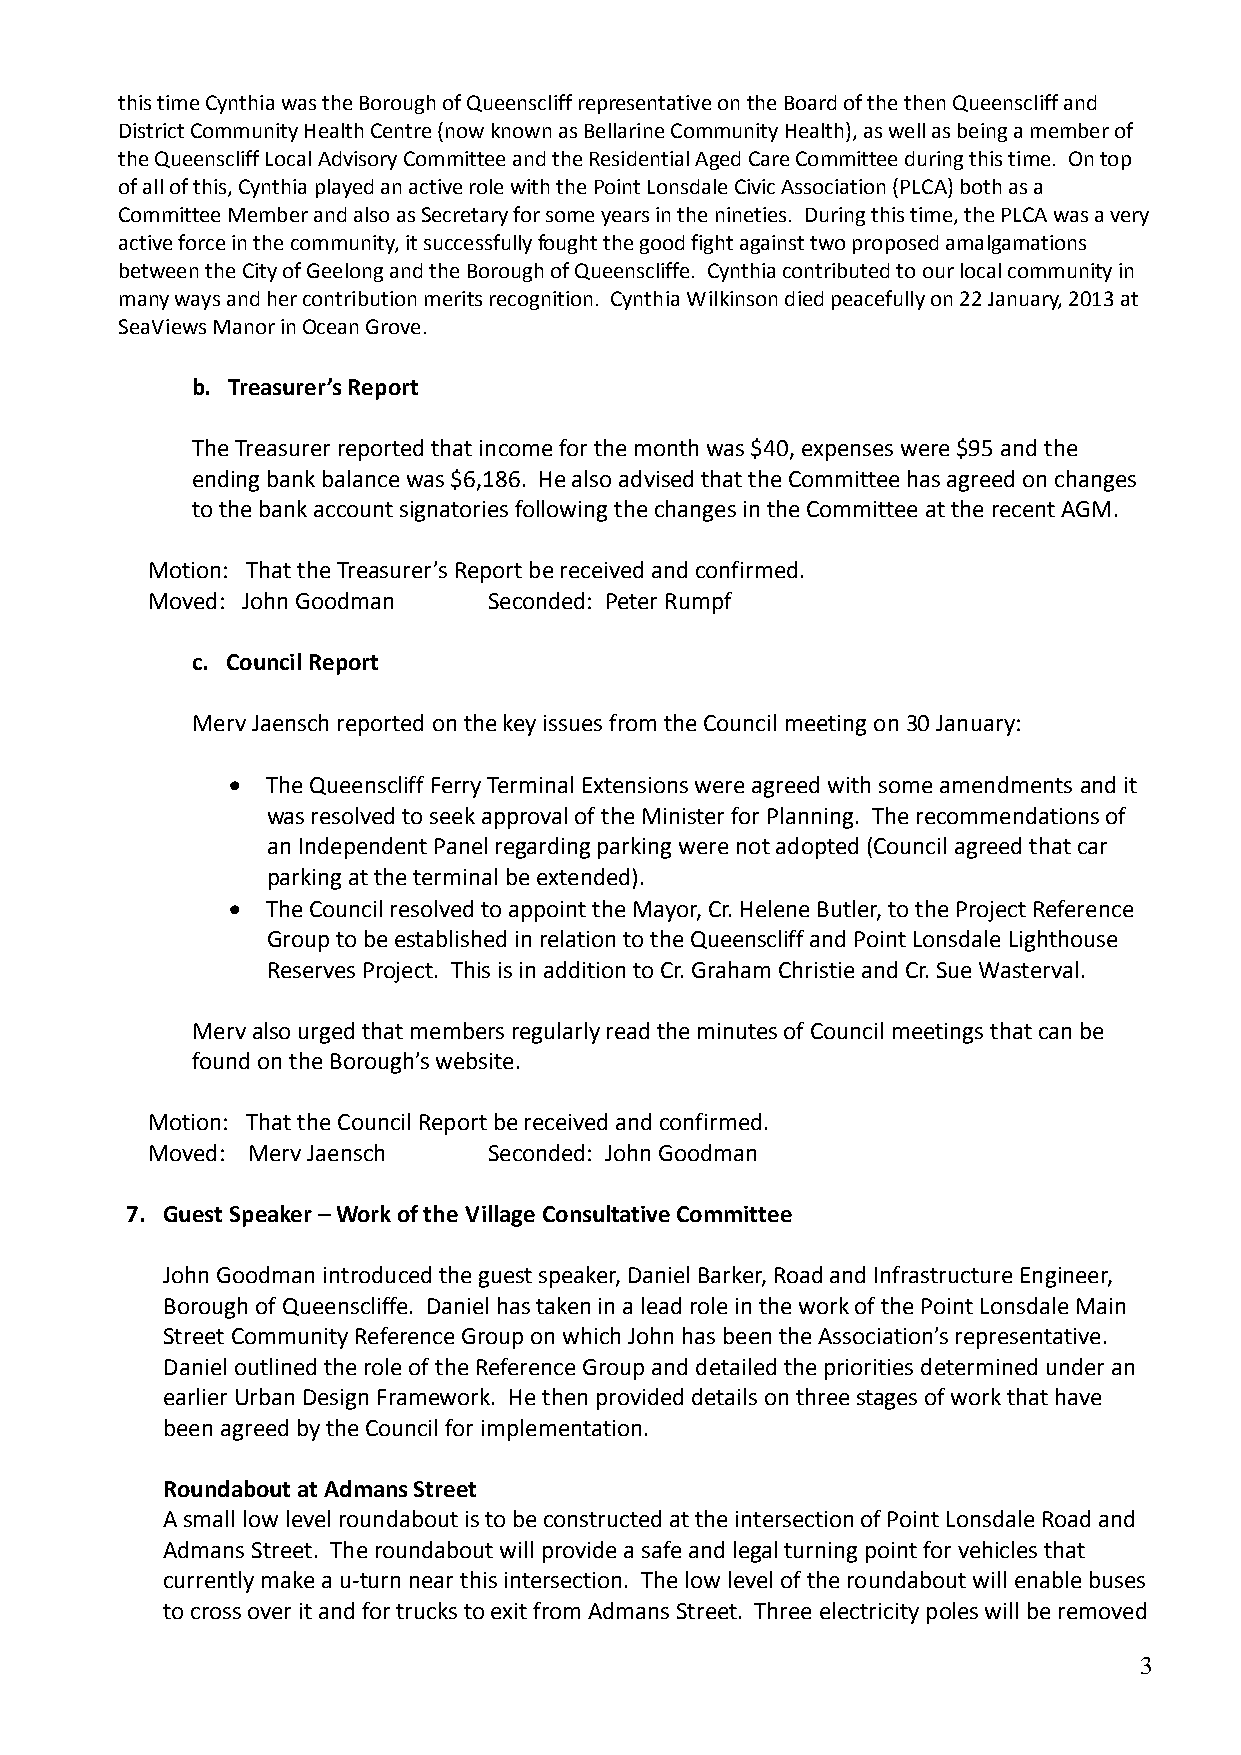
this time Cynthia was the Borough of Queenscliff representative on the Board of the then Queenscliff and
 District Community Health Centre (now known as Bellarine Community Health), as well as being a member of
 the Queenscliff Local Advisory Committee and the Residential Aged Care Committee during this time. On top
 of all of this, Cynthia played an active role with the Point Lonsdale Civic Association (PLCA) both as a
 Committee Member and also as Secretary for some years in the nineties. During this time, the PLCA was a very
 active force in the community, it successfully fought the good fight against two proposed amalgamations
 between the City of Geelong and the Borough of Queenscliffe. Cynthia contributed to our local community in
 many ways and her contribution merits recognition. Cynthia Wilkinson died peacefully on 22 January, 2013 at
 SeaViews Manor in Ocean Grove.
 b. Treasurer’s Report
 The Treasurer reported that income for the month was $40, expenses were $95 and the
 ending bank balance was $6,186. He also advised that the Committee has agreed on changes
 to the bank account signatories following the changes in the Committee at the recent AGM.
 Motion: That the Treasurer’s Report be received and confirmed.
 Moved: John Goodman   Seconded: Peter Rumpf
 c. Council Report
 Merv Jaensch reported on the key issues from the Council meeting on 30 January:
   The Queenscliff Ferry Terminal Extensions were agreed with some amendments and it
 was resolved to seek approval of the Minister for Planning. The recommendations of
 an Independent Panel regarding parking were not adopted (Council agreed that car
 parking at the terminal be extended).
   The Council resolved to appoint the Mayor, Cr. Helene Butler, to the Project Reference
 Group to be established in relation to the Queenscliff and Point Lonsdale Lighthouse
 Reserves Project. This is in addition to Cr. Graham Christie and Cr. Sue Wasterval.
 Merv also urged that members regularly read the minutes of Council meetings that can be
 found on the Borough’s website.
 Motion: That the Council Report be received and confirmed.
 Moved: Merv Jaensch   Seconded: John Goodman
 7. Guest Speaker – Work of the Village Consultative Committee
 John Goodman introduced the guest speaker, Daniel Barker, Road and Infrastructure Engineer,
 Borough of Queenscliffe. Daniel has taken in a lead role in the work of the Point Lonsdale Main
 Street Community Reference Group on which John has been the Association’s representative.
 Daniel outlined the role of the Reference Group and detailed the priorities determined under an
 earlier Urban Design Framework. He then provided details on three stages of work that have
 been agreed by the Council for implementation.
 Roundabout at Admans Street
 A small low level roundabout is to be constructed at the intersection of Point Lonsdale Road and
 Admans Street. The roundabout will provide a safe and legal turning point for vehicles that
 currently make a u-turn near this intersection. The low level of the roundabout will enable buses
 to cross over it and for trucks to exit from Admans Street. Three electricity poles will be removed
 3